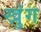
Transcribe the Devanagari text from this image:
खुंग